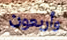
وأربعون